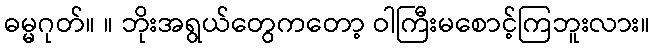
ဓမ္မဂုတ်။ ။ ဘိုးအရွယ်တွေကတော့ ဝါကြီးမစောင့်ကြဘူးလား။